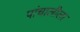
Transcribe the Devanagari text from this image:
पांचालीला